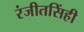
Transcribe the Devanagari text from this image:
रंजीतसिंही